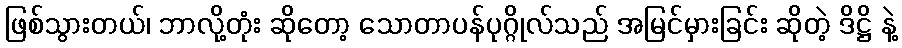
ဖြစ်သွားတယ်၊ ဘာလို့တုံး ဆိုတော့ သောတာပန်ပုဂ္ဂိုလ်သည် အမြင်မှားခြင်း ဆိုတဲ့ ဒိဋ္ဌိ နဲ့